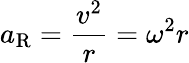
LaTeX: a_{\mathrm{R}}={\frac{v^{2}}{r}}=\omega^{2}r